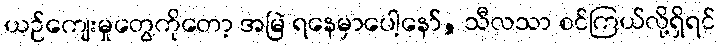
ယဉ်ကျေးမှုတွေကိုတော့ အမြဲ ရနေမှာပေါ့နော်, သီလသာ စင်ကြယ်လို့ရှိရင်